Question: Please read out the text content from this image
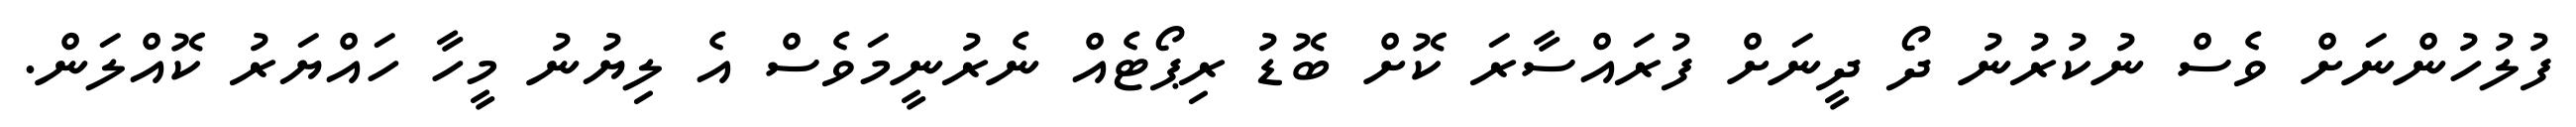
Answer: ފުލުހުންނަށް ވެސް ނުކުރުނު ދޯ ދީނަށް ފުރައްސާރަ ކޮށް ބޮޑު ރިޕޯޓެއް ނެރުނީމަވެސް އެ ލިޔުނު މީހާ ހައްޔަރު ކޮއްލަން.